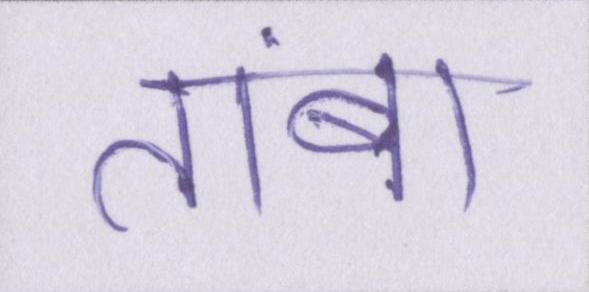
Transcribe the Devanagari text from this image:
तांबा